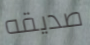
صديقه